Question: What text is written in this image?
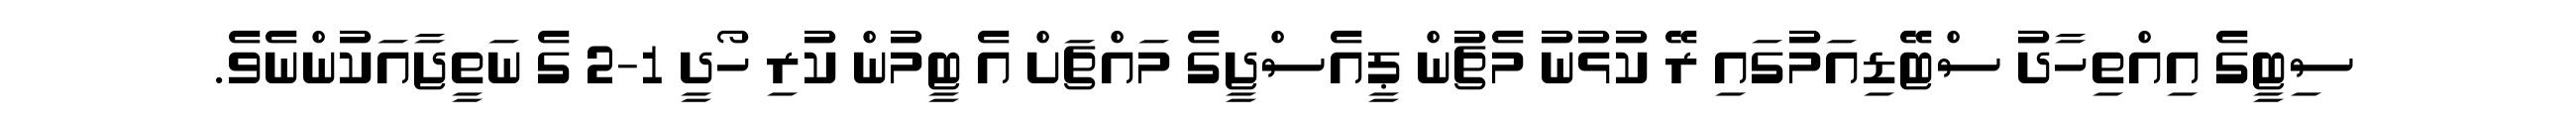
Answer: ސިޓީގެ އިއްތިހާދު ސްޓޭޑިއަމުގައި ރޭ ކުޅުނު މެޗުން ޕީއެސްޖީގެ މައްޗަށް އެ ޓީމުން ކުރި ހޯދީ 1-2 ގެ ނަތީޖާއަކުންނެވެ.